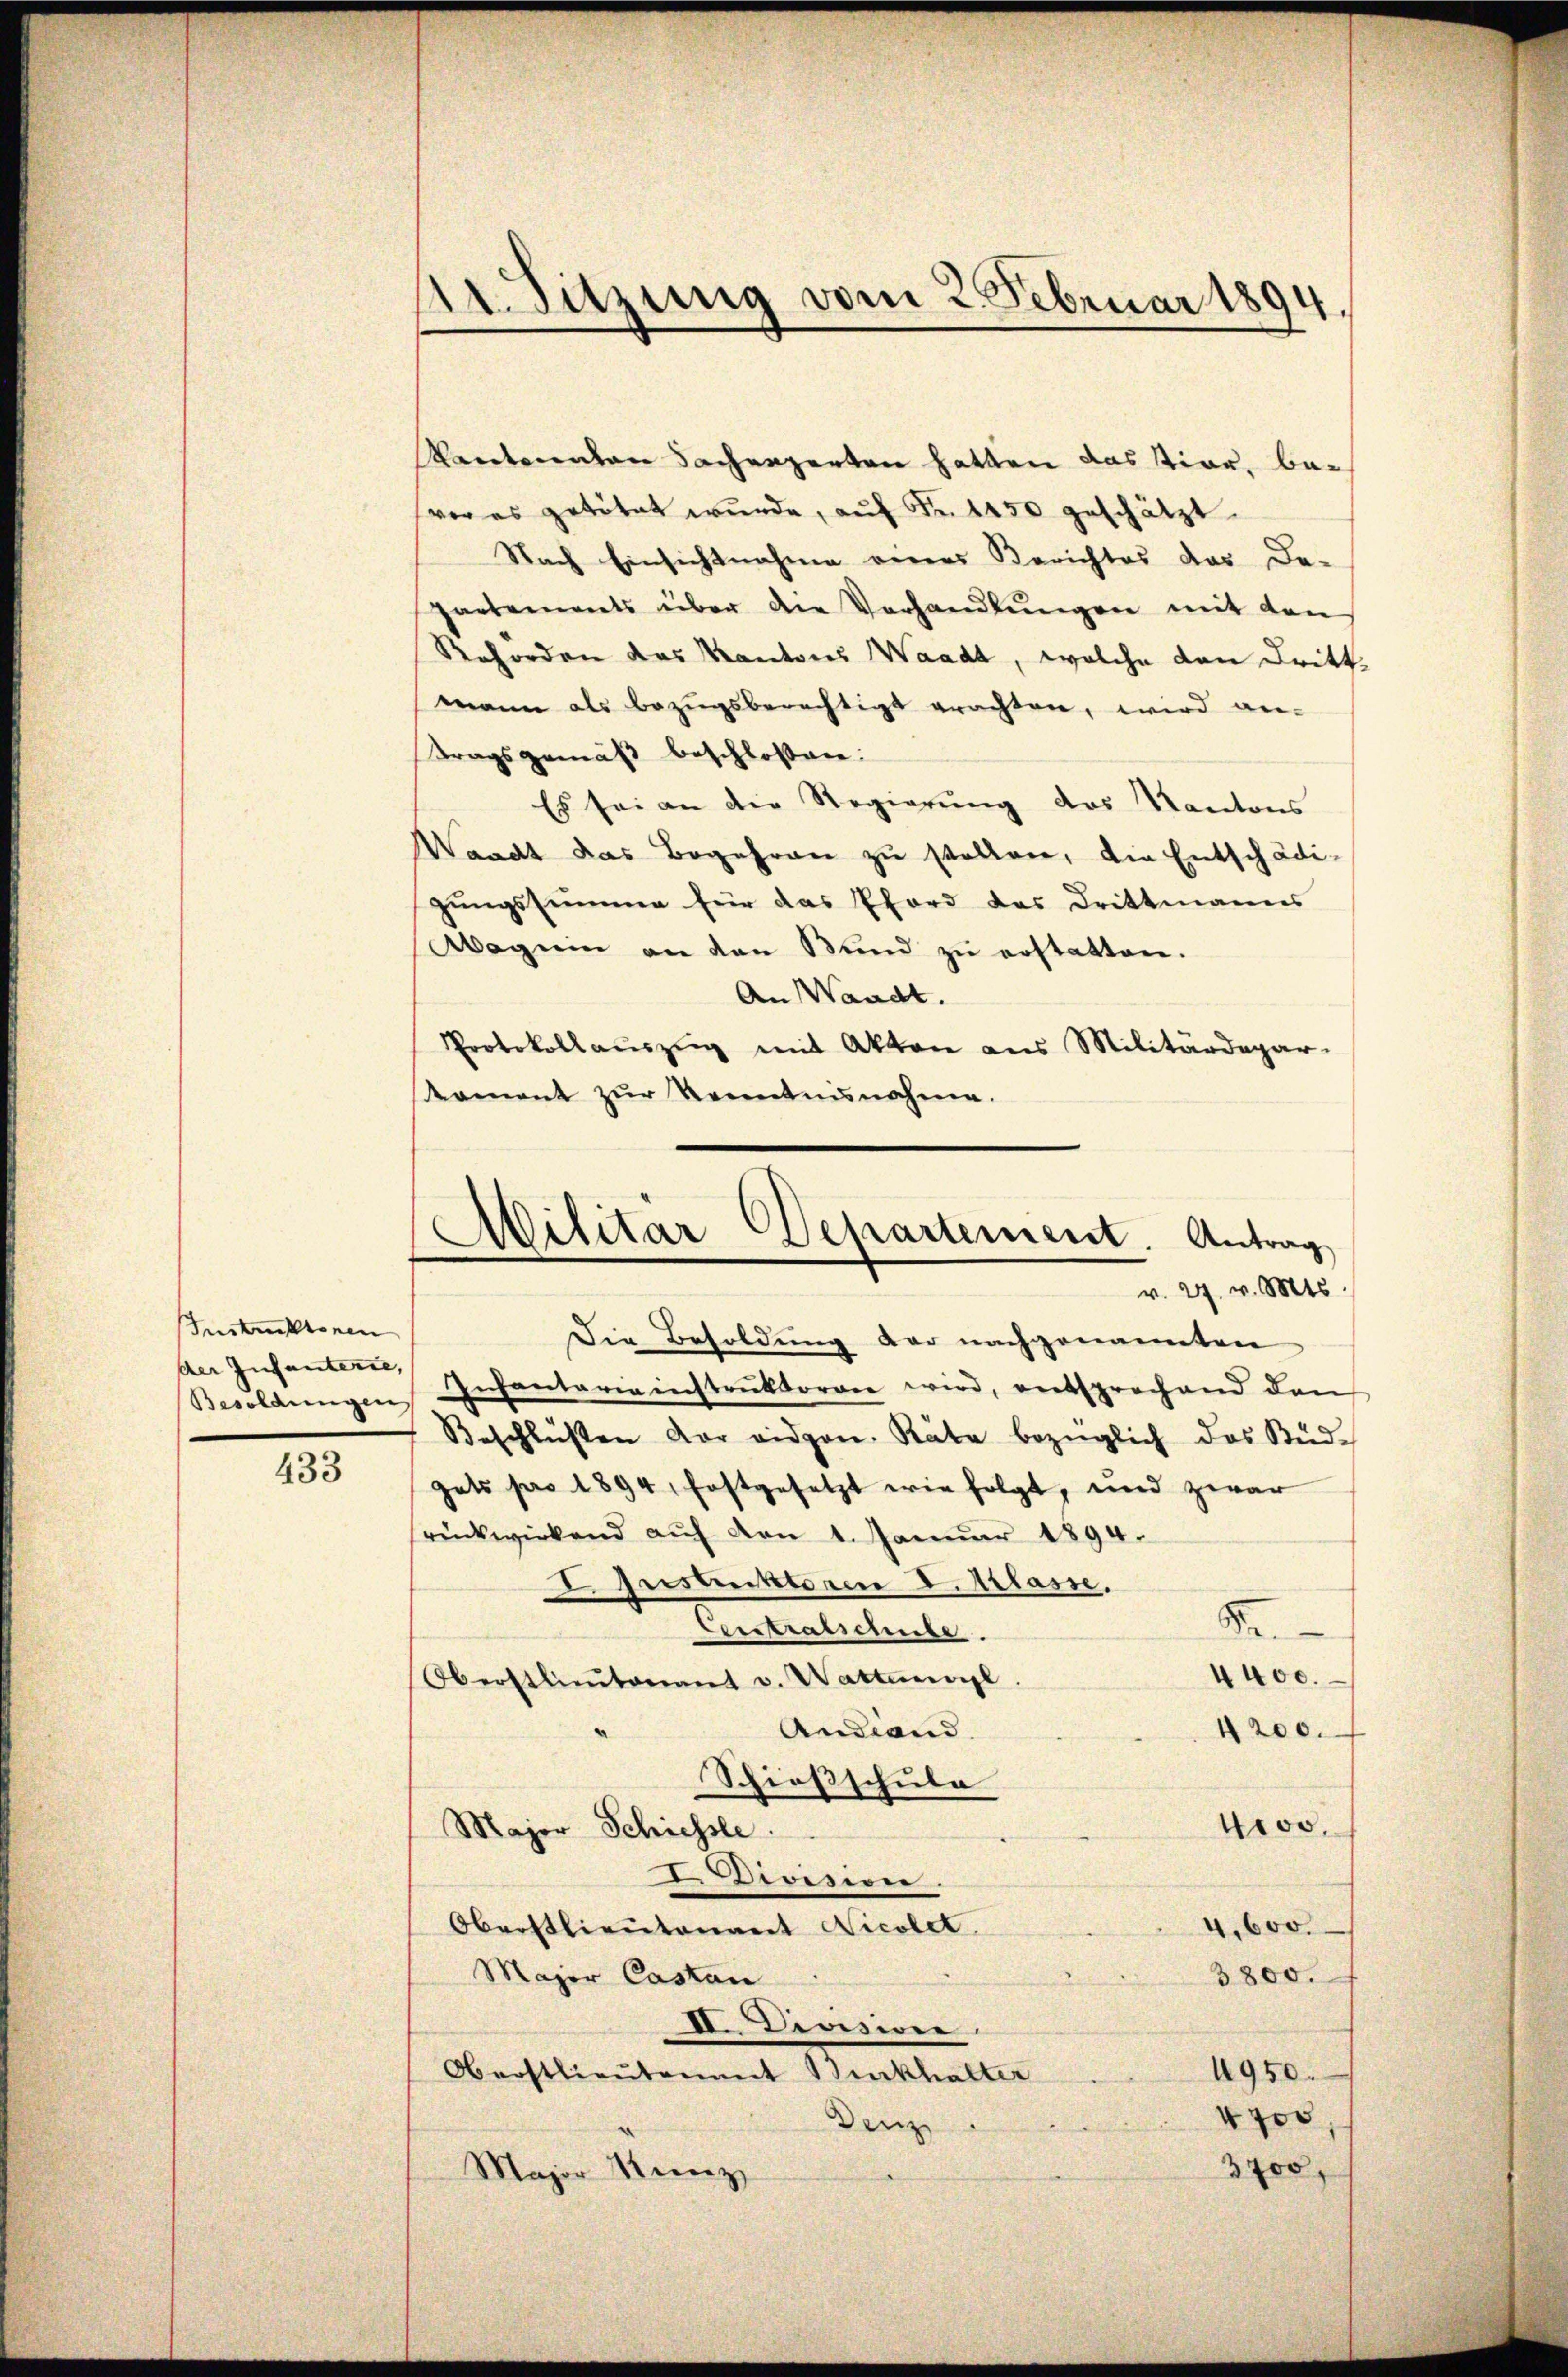
Instruktionen
Besoldungen
433

11. Sitzung vom 2. Februar 1894.

Kantonenten Sachenzerten hatten das tier, bevor es getötet wurde, auf Fr. 1450 geschätzt.
Nach Einsichtnahme eines Berichtes das De-
partements über den Verhandlŭngen mit den
Reforden das Kantons Waadt, welche den Dritt
mann als bezugsberechtigt erachten, wird an-
Tragsgemäß beschlossen:
Es sei an die Regierung des Kantons
Waadt das Begehren zu stellen, die Entschädigungssumme für das Pford des Drittmanns
Waguin an den Bund zŭ erstatten.
An Waadt.
Protokollauszug mit Akten aus Militärdepar-
Koment zur Kenntnisnahme.

Militärdepartement. Antrag
v. 27. v. Mts.

Die Besoldung der nachgenannten
aer Insenden Infantaria instrŭktoren wird, entsprechend dan
Beschlüssen vor eidgen. Räte bezüglich das Süd-
gats pro 1894, festgesetzt wie folgt, und zwar
rückwirkend aŭf den 1. Janŭar 1894.
2. Gestektoren d. Klasse.
de.
Cerstratschule.
2400.
Oberstlieutenant v. Wattengl
Andiand.
4200.
Schießschula
kros,
Major Schiessle
Divisiren.
4,600.
Oberstlieutenant Nicolet.
3800.
Major Castan
II. Divisier
4950
Oberstlieutenant Burkhalter
4700
Denz
3700
Major Reinz